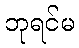
ဘုရင်မ